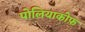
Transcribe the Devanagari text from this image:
पोलियाकोफ़